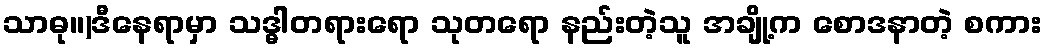
သာဓု။)ဒီနေရာမှာ သဒ္ဓါတရားရော သုတရော နည်းတဲ့သူ အချို့က စောဒနာတဲ့ စကား